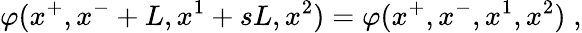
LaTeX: \varphi(x^{+},x^{-}+L,x^{1}+sL,x^{2})=\varphi(x^{+},x^{-},x^{1},x^{2})\; ,